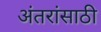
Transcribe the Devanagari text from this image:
अंतरांसाठी